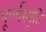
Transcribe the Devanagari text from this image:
पूर्ण्यस्मृति